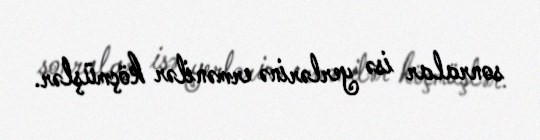
sonralar isə yerlərinə ermənilər köçmüşlər.